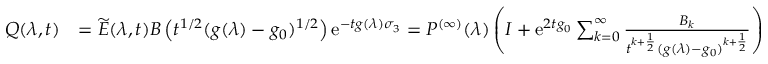
\begin{array} { r l } { Q ( \lambda , t ) } & { = \widetilde { E } ( \lambda , t ) B \left( t ^ { 1 / 2 } ( g ( \lambda ) - g _ { 0 } ) ^ { 1 / 2 } \right) \mathrm { e } ^ { - t g ( \lambda ) \sigma _ { 3 } } = P ^ { ( \infty ) } ( \lambda ) \left( I + \mathrm { e } ^ { 2 t g _ { 0 } } \sum _ { k = 0 } ^ { \infty } \frac { B _ { k } } { t ^ { k + \frac { 1 } { 2 } } ( g ( \lambda ) - g _ { 0 } ) ^ { k + \frac { 1 } { 2 } } } \right) } \end{array}